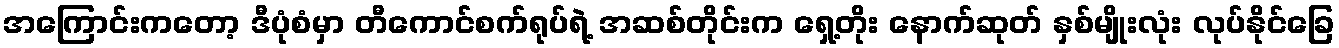
အကြောင်းကတော့ ဒီပုံစံမှာ တီကောင်စက်ရုပ်ရဲ့ အဆစ်တိုင်းက ရှေ့တိုး နောက်ဆုတ် နှစ်မျိုးလုံး လုပ်နိုင်ခြေ